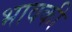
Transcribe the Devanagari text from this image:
भावकी